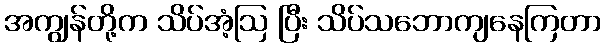
အကျွန်တို့က သိပ်အံ့ဩ ပြီး သိပ်သဘောကျနေကြတာ